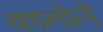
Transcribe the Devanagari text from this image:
कानोले